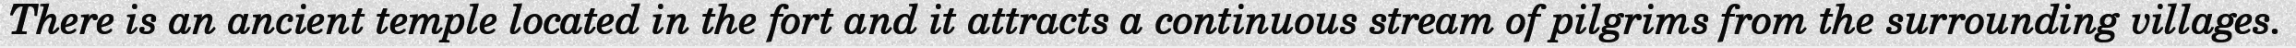
There is an ancient temple located in the fort and it attracts a continuous stream of pilgrims from the surrounding villages.